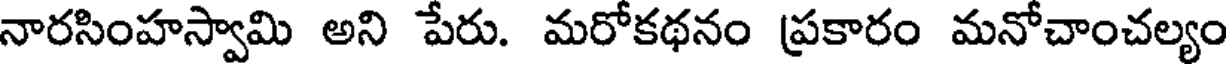
నారసింహస్వామి అని పేరు. మరోకథనం ప్రకారం మనోచాంచల్యం